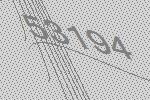
53194